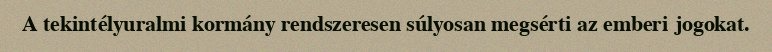
A tekintélyuralmi kormány rendszeresen súlyosan megsérti az emberi jogokat.